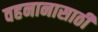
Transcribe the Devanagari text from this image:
वहनानासाठी